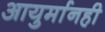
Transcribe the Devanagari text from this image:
आयुर्मानही